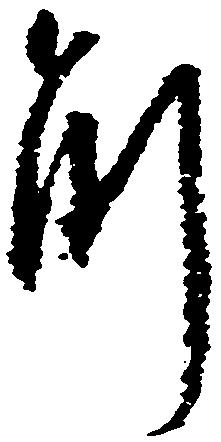
解